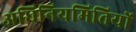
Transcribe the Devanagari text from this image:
अधिनियमितियों